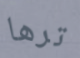
ترها